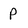
Character: P